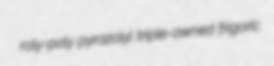
roly-poly pyrazolyl triple-awned frigoric